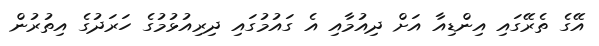
އޭގެ ތެރޭގައި އިންޑިއާ އަށް ދިއުމާއި އެ ގައުމުގައި ދިރިއުޅުމުގެ ހަރަދުގެ އިތުރުން